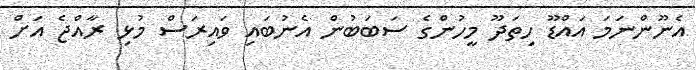
އެނޫންނަމަ އައްޑޫ ހިތަދޫ މީހުންގެ ސަބަބުން އެނުބައި ވައިރަސް މުޅި ރާއްޖެ އަށް